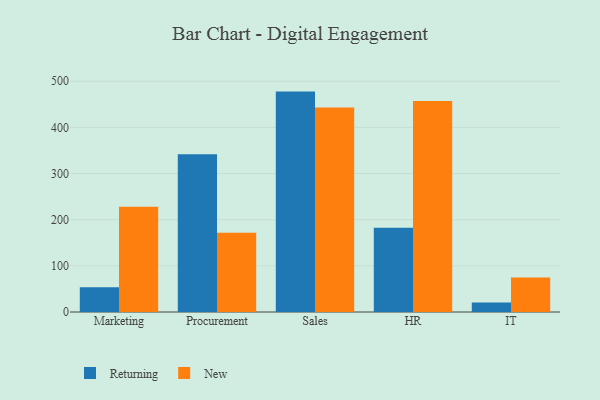
{"axis": {"x": "Department", "y": "Market Share (%)"}, "legend": ["New", "Returning"], "data": [{"x": "Marketing", "y": 53.5, "type": "Returning"}, {"x": "Marketing", "y": 228.1, "type": "New"}, {"x": "Procurement", "y": 341.7, "type": "Returning"}, {"x": "Procurement", "y": 171.7, "type": "New"}, {"x": "Sales", "y": 477.5, "type": "Returning"}, {"x": "Sales", "y": 443.3, "type": "New"}, {"x": "HR", "y": 182.7, "type": "Returning"}, {"x": "HR", "y": 456.9, "type": "New"}, {"x": "IT", "y": 20.5, "type": "Returning"}, {"x": "IT", "y": 74.7, "type": "New"}]}